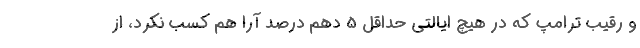
و رقیب ترامپ که در هیچ ایالتی حداقل 5 دهم درصد آرا هم کسب نکرد، از